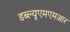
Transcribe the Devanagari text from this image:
डब्ल्यूएमएमआर